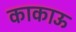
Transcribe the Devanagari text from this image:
काकाऊ